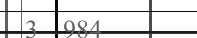
3  984